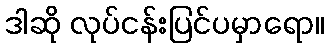
ဒါဆို လုပ်ငန်းပြင်ပမှာရော။